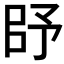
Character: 𰀥